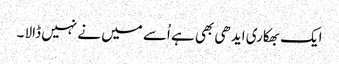
ایک بھکاری ایدھی بھی ہے اُسے میں نے نہیں ڈالا ۔